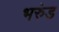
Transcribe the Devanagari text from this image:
भरुंड